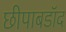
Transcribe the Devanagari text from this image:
छीपाबडॉद